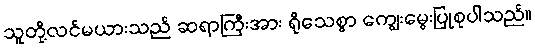
သူတို့လင်မယားသည် ဆရာကြီးအား ရိုသေစွာ ကျွေးမွေးပြုစုပါသည်။